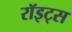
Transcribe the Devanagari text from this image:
रॉइट्स